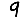
Digit: 9